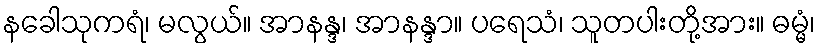
နခေါသုကရံ၊ မလွယ်။ အာနန္ဒ၊ အာနန္ဒာ။ ပရေသံ၊ သူတပါးတို့အား။ ဓမ္မံ၊